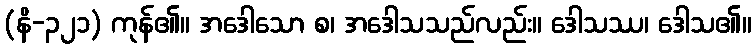
(နိ-၃၂၁) ကုန်၏။ အဒေါသော စ၊ အဒေါသသည်လည်း။ ဒေါသဿ၊ ဒေါသ၏။